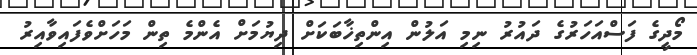
މޯދީގެ ފަސްއަހަރުގެ ދައުރު ނިމި އަލުން އިންތިޚާބަކަށް ދިޔުމަށް އެންމެ ތިން މަހަށްވެފައިވާއިރު